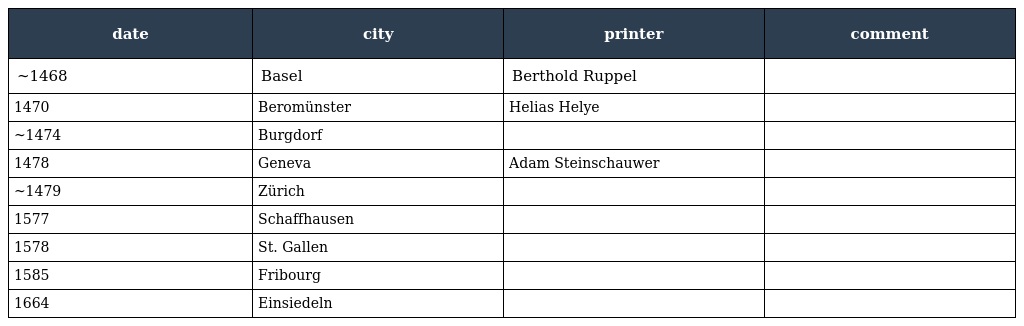
| date | city | printer | comment |
 | --- | --- | --- | --- |
 | ~1468 | Basel | Berthold Ruppel |  |
 | 1470 | Beromünster | Helias Helye |  |
 | ~1474 | Burgdorf |  |  |
 | 1478 | Geneva | Adam Steinschauwer |  |
 | ~1479 | Zürich |  |  |
 | 1577 | Schaffhausen |  |  |
 | 1578 | St. Gallen |  |  |
 | 1585 | Fribourg |  |  |
 | 1664 | Einsiedeln |  |  |